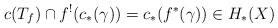
\begin{align*}c(T_f)\cap f^!(c_*(\gamma)) = c_*(f^*(\gamma)) \in H_*(X)\end{align*}